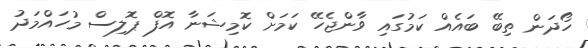
ހޯދަން ތިބޭ ބައެއް ކަމުގައި ވާންޖެހޭ ކަމަށް ކޮމިޝަނާ އޮފް ޕޮލިސް މުހައްމަދު